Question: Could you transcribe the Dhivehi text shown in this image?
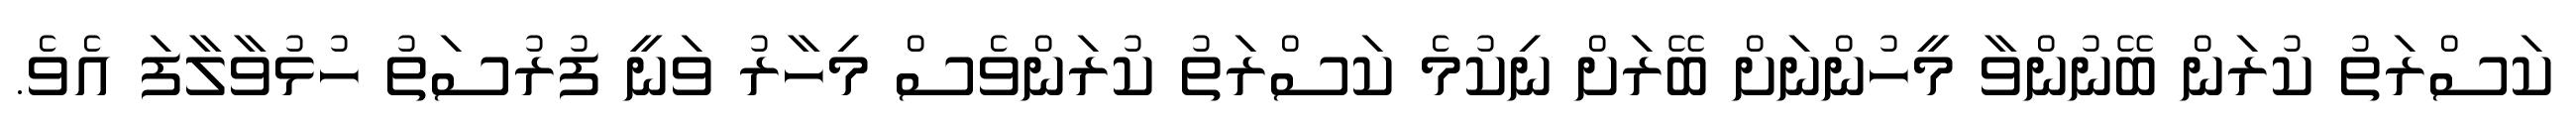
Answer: ކަސްރަތު ކުރަން ބޭނުންވާ މީހުންނަށް ބޭރަށް ނިކުމެ ކަސްރަތު ކުރަންވެސް މިހާރު ވަނީ ފުރުސަތު ހުޅުވާލާފަ އެވެ.